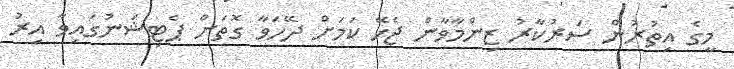
މީގެ އިތުރުން ސަރުކާރު ޒިންމާވާން ޖެހޭ ކަމަށް ދޭހަވާ ގޮތަށް ޕެޓިޝަނުގައިވާ އިރު